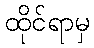
ထိုင်ရာမှ